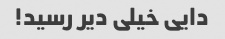
دایی خیلی دیر رسید!